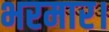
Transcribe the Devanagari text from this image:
भरमार।